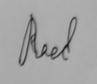
Signature authenticity: genuine